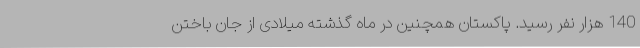
140 هزار نفر رسید. پاکستان همچنین در ماه گذشته میلادی از جان باختن